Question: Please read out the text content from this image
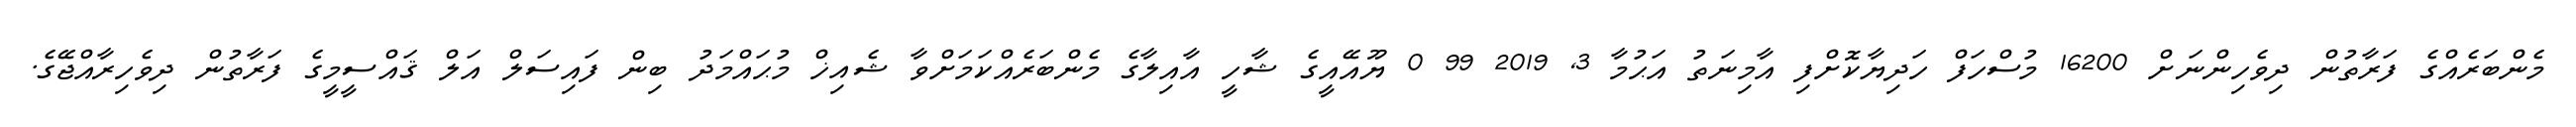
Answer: މެންބަރެއްގެ ފަރާތުން ދިވެހިންނަށް 16200 މުސްހަފް ހަދިޔާކޮށްފި އާމިނަތު އަޙުމާ 3, 2019 99 0 ޔޫއޭއީގެ ޝާހީ އާއިލާގެ މެންބަރެއްކަމަށްވާ ޝެއިޚް މުޙައްމަދު ބިން ފައިސަލް އަލް ޤައްސީމީގެ ފަރާތުން ދިވެހިރާއްޖޭގެ.